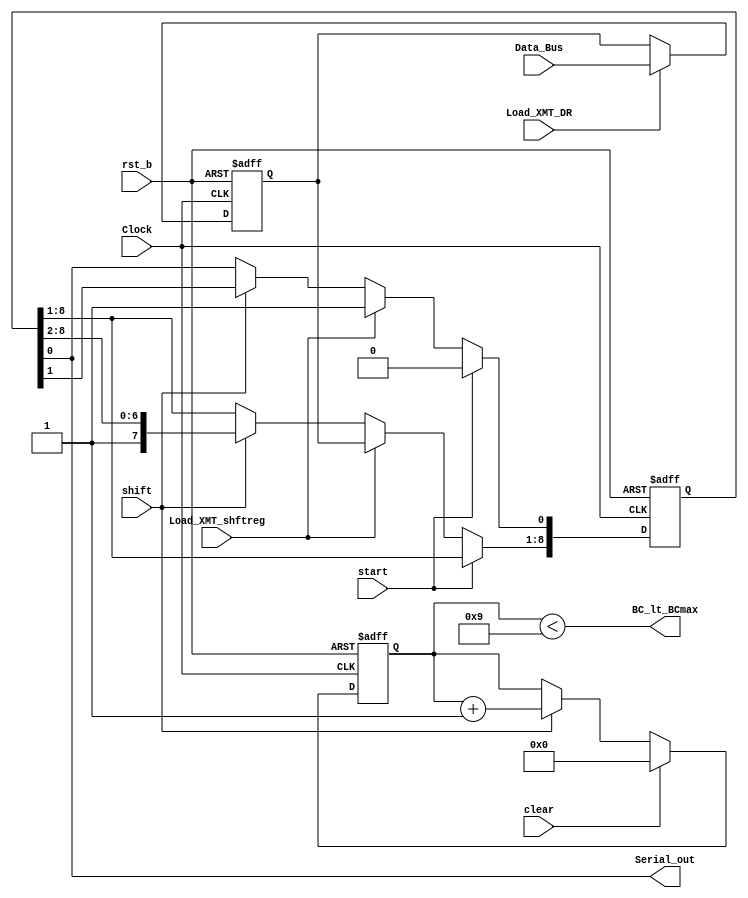
// Module Definition
module Datapath_Unit (
	Serial_out,
	BC_lt_BCmax,
	Data_Bus,
	Load_XMT_DR,
	Load_XMT_shftreg,
	start,
	shift,
	clear,
	Clock,
	rst_b);

	// Declare internal parameters
	parameter		word_size = 8;
	parameter		size_bit_count = 3;
	parameter		all_ones = {(word_size + 1){1'b1}};	// 9 bits of ones

	// Declare input/output
	output		Serial_out;
	output		BC_lt_BCmax;

	input [word_size-1:0]	Data_Bus;
	input			Load_XMT_DR;
	input			Load_XMT_shftreg;
	input			start;
	input			shift;
	input			clear;
	input 		Clock;
	input			rst_b;

	// Declare internal reg variable
	reg [word_size-1:0]	XMT_datareg;	// Transmit Data Register
	reg [word_size:0]		XMT_shftreg;	// Transmit Shift Register:{data, start bit}
	reg [size_bit_count:0]	bit_count;		// Counts the bits that are transmitted

	assign Serial_out = XMT_shftreg[0];
	assign BC_lt_BCmax = (bit_count < word_size +1);

	// Connect your UDP (User Defined Primitive)
	/*UDP_BCmax BCmax1(BC_lt_BCmax, bit_count[3], bit_count[2], bit_count[1], bit_count[0]);*/

	// Data Path for UART Transmitter
	always @(posedge Clock or negedge rst_b)
	begin
		// -----------------------------------
		if(~rst_b)
			begin
			bit_count <= 0;
			XMT_shftreg <= all_ones;
			XMT_datareg <= 8'b11111111;
			end

		else
			begin
			if (Load_XMT_DR)
				begin
				XMT_datareg <= Data_Bus;
				end

			else
				begin
				XMT_datareg <= XMT_datareg;
				end

			if(start)
				begin
				XMT_shftreg[0] <= 1'b0;
				end

			else if(Load_XMT_shftreg)
				begin
				XMT_shftreg <= {XMT_datareg[7:0], 1'b1};
				end

			else if(shift)
				begin
				XMT_shftreg <= {1'b1, XMT_shftreg[8:1]};
				end

			else
				begin
				XMT_shftreg <= XMT_shftreg;
				end

			if(clear)
				begin
				bit_count <= 4'b0000;
				end

			else if(shift)
				begin
				bit_count <= (bit_count +1);
				end
			else
				begin
				bit_count <= bit_count;
				end

			end
		// -----------------------------------
	end
endmodule